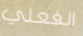
الفعلي